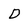
Character: D